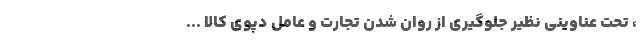
، تحت عناوینی نظیر جلوگیری از روان شدن تجارت و عامل دپوی کالا ...